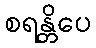
စရန္တိပေ